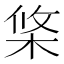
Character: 𣒼